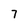
Character: 7